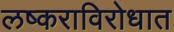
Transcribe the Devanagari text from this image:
लष्कराविरोधात